Medical and sanitary report of the native army of Madras for the year
Year: 1872
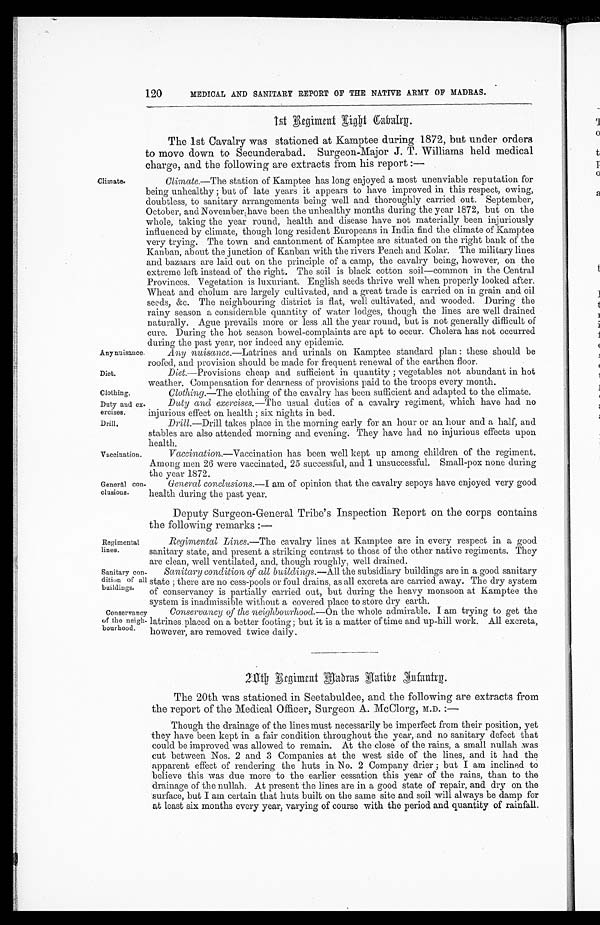
Any nuisance.
Diet.
120 MEDICAL AND SANITARY REPORT OF THE NATIVE ARMY OF MADRAS.
1st Begiment Light Cavalry
The 1st Cavalry was stationed at Kamptee during 1872, but under orders
to move down to Secunderabad. Surgeon-Major J. T. Williams held medical
charge, and the following are extracts from his report :—
Climate .–The station of Kamptee has long enjoyed a most unenviable reputation for
being unhealthy ; but of late years it appears to have improved in this respect, owing,
doubtless, to sanitary arrangements being well and thoroughly carried out, September,
October, and November have been the unhealthy months during the year 1872, but on the
whole, taking the year round, health and disease have not materially been injuriously
influenced by climate, though long resident Europeans in India find the climate of Kamptee
very trying. The town and cantonment of Kamptee are situated on the right bank of the
Kanban, about the junction of Kanban with the rivers Pench and Kolar. The military lines
and bazaars are laid out on the principle of a camp, the cavalry being, however, on the
extreme left instead of the right. The soil is black cotton soil—common in the Central
Provinces. Vegetation is luxuriant. English seeds thrive well when properly looked after.
Wheat and cholum are largely cultivated, and a great trade is carried on in grain and oil
seeds, &c. The neighbouring district is flat, well cultivated, and wooded. During the
rainy season a considerable quantity of water lodges, though the lines are well drained
naturally. Ague prevails more or less all the year round, but is not generally difficult of
cure. During the hot season bowel-complaints are apt to occur. Cholera has not occurred
during the past year, nor indeed any epidemic.
A n y n u i s a n c e . @ L a t r i n e s a n d u r i n a l s o n K a m p t e e s t a n d a r d p l a n : t h e s s s h o u l d b e
r o o f e d , a n d p r o v i s i o n s h o u l d b e m a d e f o r f r e q u e n t r e n e w a l o f t h e e a r t h e n f l o o r .
Diet.—Provisions cheap and sufficient in quantity ; vegetables not abundant in hot
weather. Compensation for dearness of provisions paid to the troops every month.
Clothing.
Clothing .—The clothing of the cavalry has been sufficient and adapted to the climate.
Duty and ex.
ercises.
Drill.
Vaccination.
General con-
elusions.
Duty and exercises .— The usual duties of a cavalry regiment, which have had no
injurious effect on health ; six nights in bed.
Drill .—Drill takes place in the morning early for an hour or an hour and a half, and
stables are also attended morning and evening. They have had no injurious effects upon
health.
Vaccination .—Vaccination has been well kept up among children of the regiment.
Among men 26 were vaccinated, 25 successful, and 1 unsuccessful. Small-pox none during
the year 1872.
General conclusions .—I am of opinion that the cavalry sepoys have enjoyed very good
health during the past year.
Deputy Surgeon-General Tribe's Inspection Report on the corps contains
the following remarks :—
Regimental
lines.
Sanitary con
-
dition of all
buildings.
Conservancy
of the neigh.
bourhood.
Regimental Lines .—The cavalry lines at Kamptee are in every respect in a good
sanitary state, and present a striking contrast to those of the other native regiments. They
are clean, well ventilated, and. though roughly, well drained.
Sanitary condition of all buildings .—All the subsidiary buildings are in a good sanitary
state ; there are no cess-pools or foul drains, as all excreta are carried away. The dry system
of conservancy is partially carried out, but during the heavy monsoon at Kamptee the
system is inadmissible without a covered place to store dry earth.
Conservancy of the neighbourhood .—On the whole admirable. I am trying to get the
latrines. placed on a better footing; but it is a matter of time and up-hill work. All excreta,
however, are removed twice daily.
B e g i m e n t M a d r a s A a t i b e I n f a n t r g .
The 20th was stationed in Seetabuldee, and the following are extracts from
the report of the Medical Officer, Surgeon A. McClorg, M.D. :—
Though the drainage of the lines must necessarily be imperfect from their position, yet
they have been kept in a fair condition throughout the year, and no sanitary defect that
could be improved was allowed to remain. At the close of the rains, a small nullah was
cut between Nos. 2 and 3 Companies at the west side of the lines, and it had the
apparent effect of rendering the huts in No. 2 Company drier ; but I am inclined to
believe this was due more to the earlier cessation this year of the rains, than to the
drainage of the nullah. At present the lines are in a good state of repair, and dry on the
surface, but I am certain that huts built on the same site and soil will always be damp for
at least six months every year, varying of course with the period and quantity of rainfall.